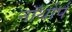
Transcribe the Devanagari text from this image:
नॉर्थार्प